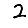
Digit: 2